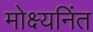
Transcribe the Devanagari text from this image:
मोक्ष्यनिंत